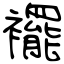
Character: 襬